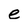
Character: e